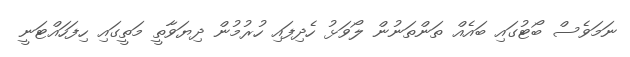
ނަމަވެސް ބޯޓުގައި ބައެއް ތަންތަނުން ލޯވަޅު ހެދިފައި ހުރުމުން ދިޔަވާތީ މަތީގައި ހިފަހައްޓަނީ